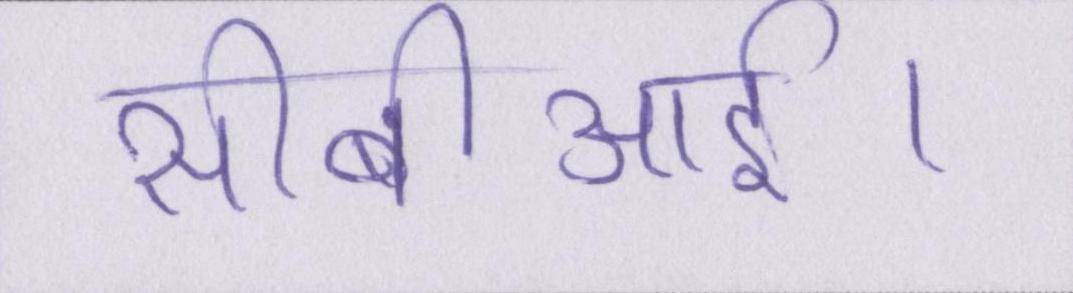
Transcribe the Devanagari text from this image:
सीबीआई।